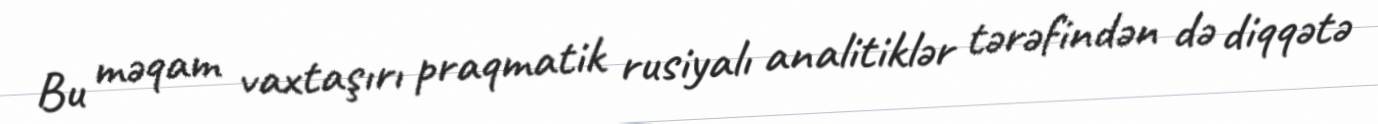
Bu məqam vaxtaşırı praqmatik rusiyalı analitiklər tərəfindən də diqqətə